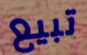
تبيع